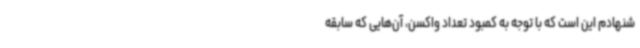
شنهادم این است که با توجه به کمبود تعداد واکسن، آن‌هایی که سابقه